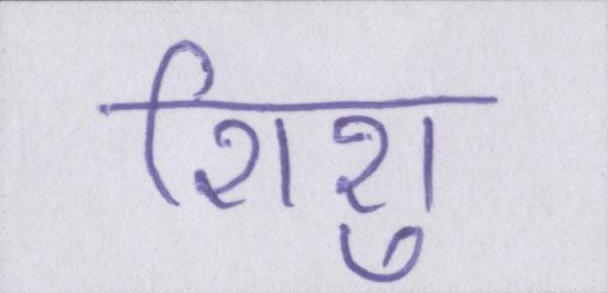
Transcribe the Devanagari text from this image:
शिशु